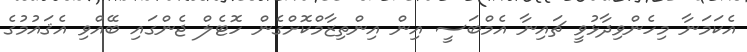
އެކަަމަނާ މިހެންވިދާޅުވީ ޗައިނާ އެމްބަސީ އިން އިންތިޒާމްކޮށްގެން ހޮޓެލް ޖެންގައި ބޭއްވި އެޤައުމުގެ